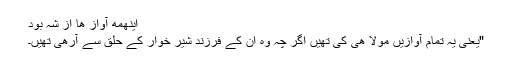
اینھمه آواز ھا از شہ بود
"یعنی یہ تمام آوازیں مولا ھی کی تھیں اگر چہ وہ ان کے فرزند شیر خوار کے حلق سے آرھی تھیں۔